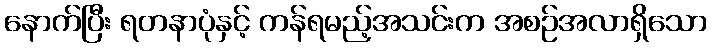
နောက်ပြီး ရတနာပုံနှင့် ကန်ရမည့်အသင်းက အစဉ်အလာရှိသော